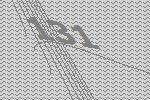
131